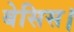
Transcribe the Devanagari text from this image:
बेसिस।